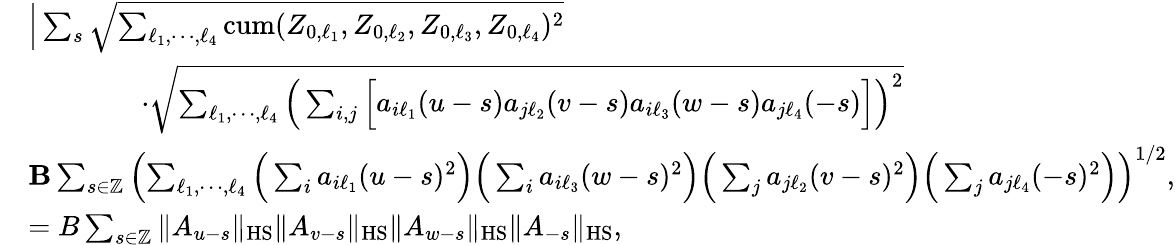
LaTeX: \begin{array}{rl}&{\Big|\sum_{s}\sqrt{\sum_{\ell_{1},\cdots,\ell_{4}}\mathrm{cum}(Z_{0,\ell_{1}},Z_{0,\ell_{2}},Z_{0,\ell_{3}},Z_{0,\ell_{4}})^{2}}}\\ &{\qquad\qquad\cdot\sqrt{\sum_{\ell_{1},\cdots,\ell_{4}}\Big(\sum_{i,j}\Big[a_{i\ell_{1}}(u-s)a_{j\ell_{2}}(v-s)a_{i\ell_{3}}(w-s)a_{j\ell_{4}}(-s)\Big]\Big)^{2}}}\\ &{\le B\sum_{s\in\mathbb{Z}}\left(\sum_{\ell_{1},\cdots,\ell_{4}}\Big(\sum_{i}a_{i\ell_{1}}(u-s)^{2}\Big)\Big(\sum_{i}a_{i\ell_{3}}(w-s)^{2}\Big)\Big(\sum_{j}a_{j\ell_{2}}(v-s)^{2}\Big)\Big(\sum_{j}a_{j\ell_{4}}(-s)^{2}\Big)\right)^{1/2},}\\ &{=B\sum_{s\in\mathbb{Z}}\| A_{u-s}\| _{\mathrm{HS}}\| A_{v-s}\| _{\mathrm{HS}}\| A_{w-s}\| _{\mathrm{HS}}\| A_{-s}\| _{\mathrm{HS}},}\end{array}